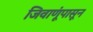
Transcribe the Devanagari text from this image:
जिवाणूंपासून